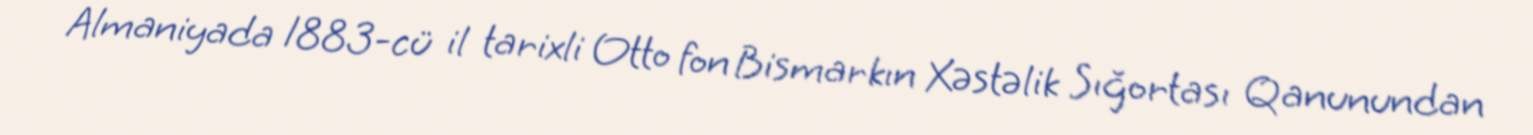
Almaniyada 1883-cü il tarixli Otto fon Bismarkın Xəstəlik Sığortası Qanunundan